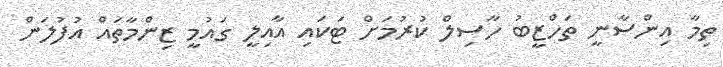
ތިމާ އިންސާނީ ތަހްޒީބު ހާސިލް ކުރުމަށް ޓަކައި އާއިލީ ގައުމީ ޒިންމާތައް އުފުލަން